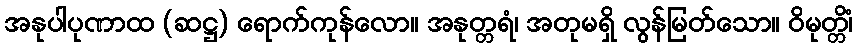
အနုပါပုဏာထ (ဆဋ္ဌ) ရောက်ကုန်လော။ အနုတ္တရံ၊ အတုမရှိ လွန်မြတ်သော။ ဝိမုတ္တိံ၊